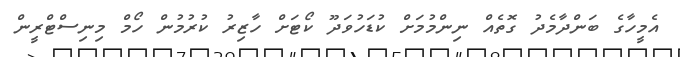
އެމީހާގެ ބަންދާމެދު ގޮތެއް ނިންމުމަށް ކުޑަހުވަދޫ ކޯޓަށް ހާޒިރު ކުރުމުން ހޯމް މިނިސްޓްރީން